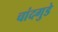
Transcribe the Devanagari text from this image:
चांदगुडे